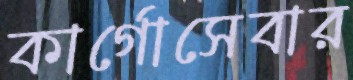
কার্গোসেবার